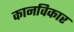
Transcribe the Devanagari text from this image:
कानविकार